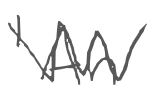
Text: 'An
Cross-out: zig-zag
Writing tool: digital_gray